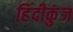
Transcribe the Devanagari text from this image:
हिंदीकुंज